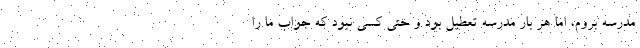
مدرسه بروم، اما هر بار مدرسه تعطیل بود و حتی کسی نبود که جواب ما را